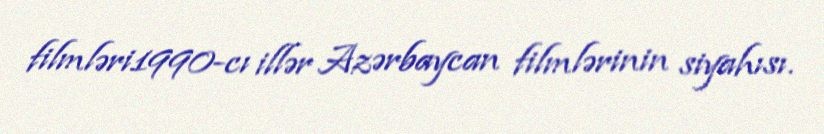
filmləri1990-cı illər Azərbaycan filmlərinin siyahısı.